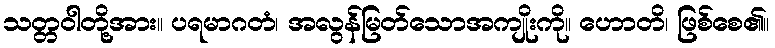
သတ္တဝါတို့အား။ ပရမာဂတံ၊ အလွန်မြတ်သောအကျိုးကို။ ဟောတိ၊ ဖြစ်စေ၏။